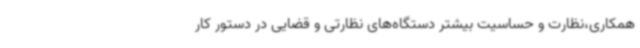
همکاری،نظارت و حساسیت بیشتر دستگاه‌های نظارتی و قضایی در دستور کار